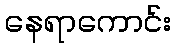
နေရာကောင်း